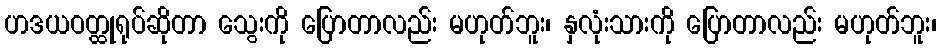
ဟဒယဝတ္ထုရုပ်ဆိုတာ သွေးကို ပြောတာလည်း မဟုတ်ဘူး၊ နှလုံးသားကို ပြောတာလည်း မဟုတ်ဘူး၊